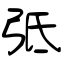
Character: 弤